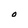
Character: O